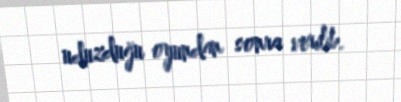
uduzduğu oyundan sonra verilib.